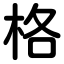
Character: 格